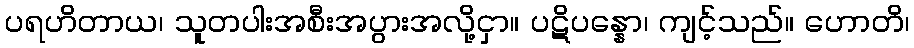
ပရဟိတာယ၊ သူတပါးအစီးအပွားအလို့ငှာ။ ပဋိပန္နော၊ ကျင့်သည်။ ဟောတိ၊